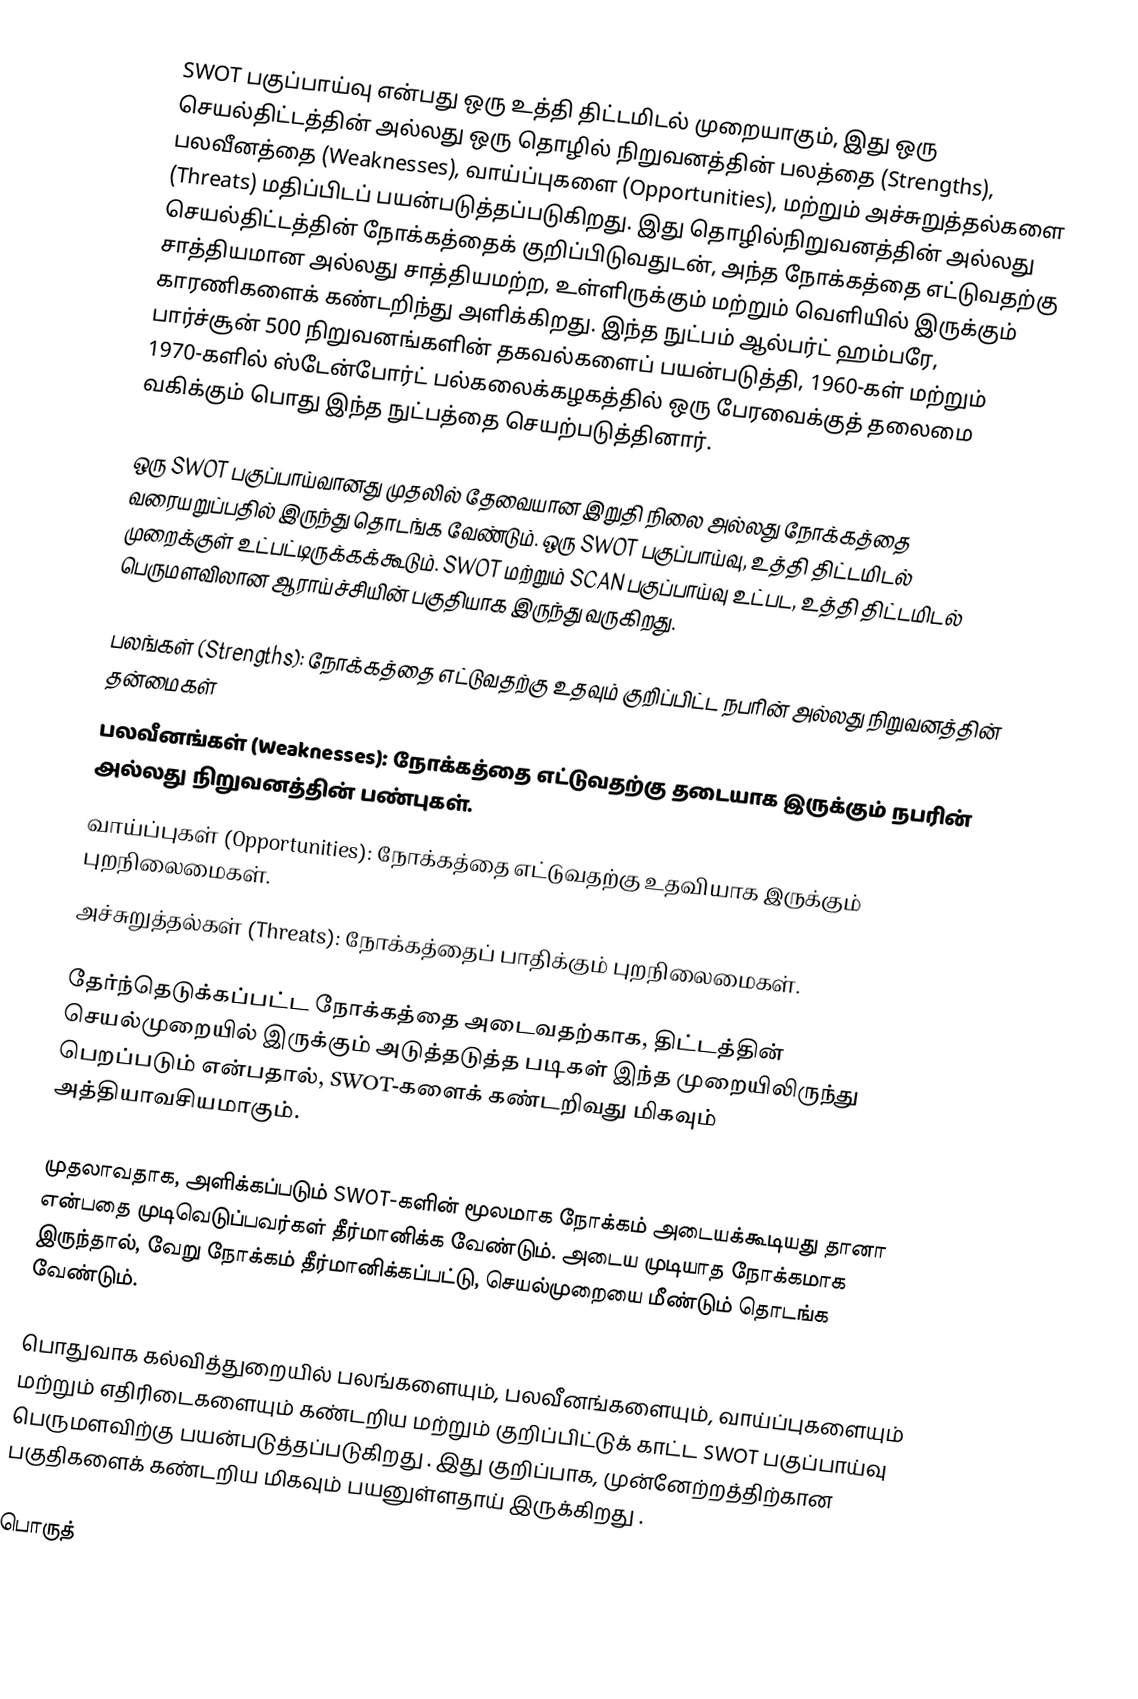
SWOT பகுப்பாய்வு என்பது ஒரு உத்தி திட்டமிடல் முறையாகும், இது ஒரு செயல்திட்டத்தின் அல்லது ஒரு தொழில் நிறுவனத்தின் பலத்தை (Strengths), பலவீனத்தை (Weaknesses), வாய்ப்புகளை (Opportunities), மற்றும் அச்சுறுத்தல்களை (Threats) மதிப்பிடப் பயன்படுத்தப்படுகிறது. இது தொழில்நிறுவனத்தின் அல்லது செயல்திட்டத்தின் நோக்கத்தைக் குறிப்பிடுவதுடன், அந்த நோக்கத்தை எட்டுவதற்கு சாத்தியமான அல்லது சாத்தியமற்ற, உள்ளிருக்கும் மற்றும் வெளியில் இருக்கும் காரணிகளைக் கண்டறிந்து அளிக்கிறது. இந்த நுட்பம் ஆல்பர்ட் ஹம்பரே, பார்ச்சூன் 500 நிறுவனங்களின் தகவல்களைப் பயன்படுத்தி, 1960-கள் மற்றும் 1970-களில் ஸ்டேன்போர்ட் பல்கலைக்கழகத்தில் ஒரு பேரவைக்குத் தலைமை வகிக்கும் பொது இந்த நுட்பத்தை செயற்படுத்தினார்.

ஒரு SWOT பகுப்பாய்வானது முதலில் தேவையான இறுதி நிலை அல்லது நோக்கத்தை வரையறுப்பதில் இருந்து தொடங்க வேண்டும். ஒரு SWOT பகுப்பாய்வு, உத்தி திட்டமிடல் முறைக்குள் உட்பட்டிருக்கக்கூடும். SWOT மற்றும் SCAN பகுப்பாய்வு உட்பட, உத்தி திட்டமிடல் பெருமளவிலான ஆராய்ச்சியின் பகுதியாக இருந்து வருகிறது.

 பலங்கள் (Strengths): நோக்கத்தை எட்டுவதற்கு உதவும் குறிப்பிட்ட நபரின் அல்லது நிறுவனத்தின் தன்மைகள்
 பலவீனங்கள் (Weaknesses): நோக்கத்தை எட்டுவதற்கு தடையாக இருக்கும் நபரின் அல்லது நிறுவனத்தின் பண்புகள்.
 வாய்ப்புகள் (Opportunities): நோக்கத்தை எட்டுவதற்கு உதவியாக இருக்கும் புறநிலைமைகள்.
 அச்சுறுத்தல்கள் (Threats): நோக்கத்தைப் பாதிக்கும் புறநிலைமைகள்.

தேர்ந்தெடுக்கப்பட்ட நோக்கத்தை அடைவதற்காக, திட்டத்தின் செயல்முறையில் இருக்கும் அடுத்தடுத்த படிகள் இந்த முறையிலிருந்து பெறப்படும் என்பதால், SWOT-களைக் கண்டறிவது மிகவும் அத்தியாவசியமாகும்.

முதலாவதாக, அளிக்கப்படும் SWOT-களின் மூலமாக நோக்கம் அடையக்கூடியது தானா என்பதை முடிவெடுப்பவர்கள் தீர்மானிக்க வேண்டும். அடைய முடியாத நோக்கமாக இருந்தால், வேறு நோக்கம் தீர்மானிக்கப்பட்டு, செயல்முறையை மீண்டும் தொடங்க வேண்டும்.

பொதுவாக கல்வித்துறையில் பலங்களையும், பலவீனங்களையும், வாய்ப்புகளையும் மற்றும் எதிரிடைகளையும் கண்டறிய மற்றும் குறிப்பிட்டுக் காட்ட SWOT பகுப்பாய்வு பெருமளவிற்கு பயன்படுத்தப்படுகிறது . இது குறிப்பாக, முன்னேற்றத்திற்கான பகுதிகளைக் கண்டறிய மிகவும் பயனுள்ளதாய் இருக்கிறது .

பொருத்